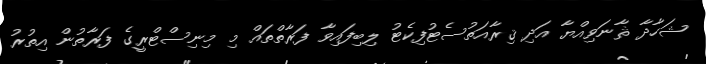
ޝަހާދާ ޘާނަވިއްޔާ އަދި ޤިރާއަތުސެޓުފިކެޓު ލިބިފައިވާ ފަރާތްތައް މި މިނިސްޓްރީގެ ފަރާތުން އިތުރު